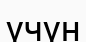
үчүн